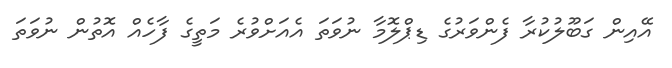
އޭއިން ގަބޫލުކުރާ ފެންވަރުގެ ޑިޕްލޮމާ ނުވަތަ އެއަށްވުރެ މަތީގެ ފާހެއް އޮތުން ނުވަތަ